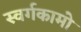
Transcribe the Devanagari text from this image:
स्वर्गकामो